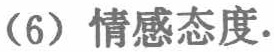
(6) 情感态度.